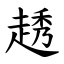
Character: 䞬